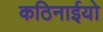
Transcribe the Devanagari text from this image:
कठिनाईयो